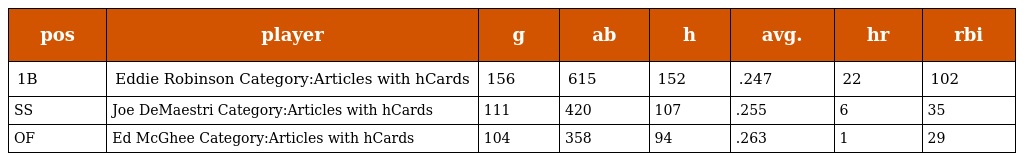
| pos | player | g | ab | h | avg. | hr | rbi |
 | --- | --- | --- | --- | --- | --- | --- | --- |
 | 1B | Eddie Robinson Category:Articles with hCards | 156 | 615 | 152 | .247 | 22 | 102 |
 | SS | Joe DeMaestri Category:Articles with hCards | 111 | 420 | 107 | .255 | 6 | 35 |
 | OF | Ed McGhee Category:Articles with hCards | 104 | 358 | 94 | .263 | 1 | 29 |